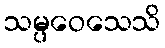
သမ္ပဝေသေသိ